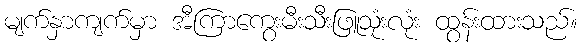
မျက်နှာကျက်မှာ အီကြာကွေးမီးသီးဖြူသုံးလုံး ထွန်းထားသည်။